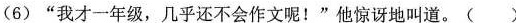
(6)”我才一年级，几乎还不会作文呢！”他惊讶地叫道。()